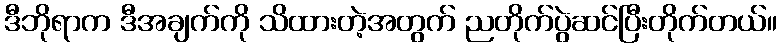
ဒီဘိုရာက ဒီအချက်ကို သိထားတဲ့အတွက် ညတိုက်ပွဲဆင်ပြီးတိုက်တယ်။